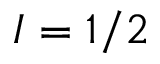
I = 1 / 2